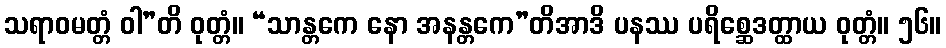
သရာဝမတ္တံ ဝါ”တိ ဝုတ္တံ။ “သာန္တကေ နော အနန္တကေ”တိအာဒိ ပနဿ ပရိစ္ဆေဒတ္ထာယ ဝုတ္တံ။ ၅၆။